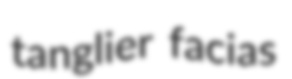
tanglier facias